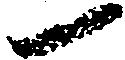
一